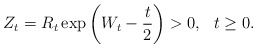
\begin{align*}Z_{t}=R_{t}\exp \left( W_{t}-\frac{t}{2}\right)>0,\ \ t\geq 0.\end{align*}